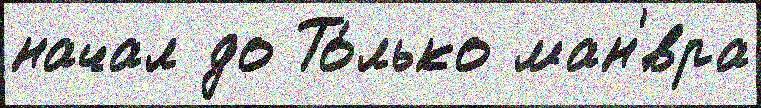
начал до То́лько ман'́вра